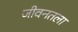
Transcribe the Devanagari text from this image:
जीवनतला